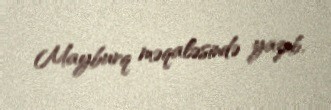
Mayburq məqaləsində yazıb.